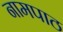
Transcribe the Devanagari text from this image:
नामपाठ